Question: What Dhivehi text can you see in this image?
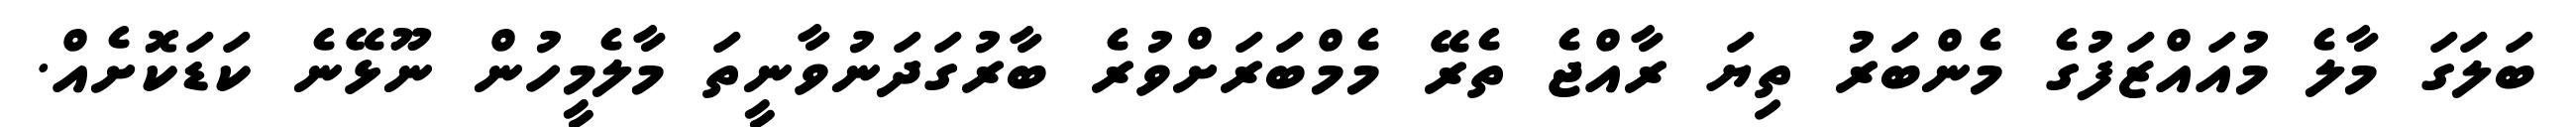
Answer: ބަލަގަ މާލެ މުއައްޒަފުގެ މެންބަރު ތިޔަ ރާއްޖެ ތެރޭ މެމްބަރަށްވުރެ ބާރުގަދަނުވާނީތަ މާލެމީހުން ނޫޅޭނެ ކަޑަކޮށެއް.